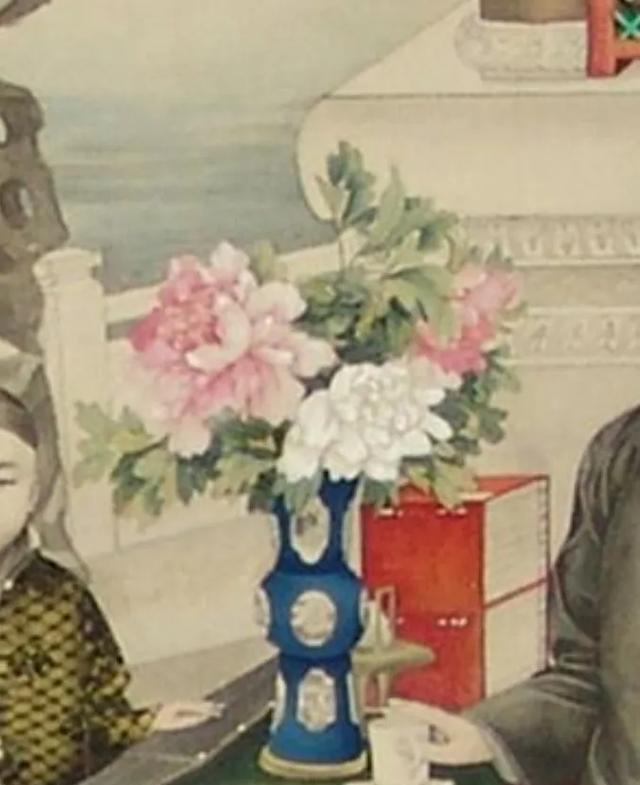
四月十七，正是去年今日，别君时。